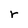
Character: r